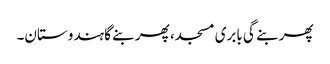
پھر بنے گی بابری مسجد، پھر بنے گا ہندوستان۔